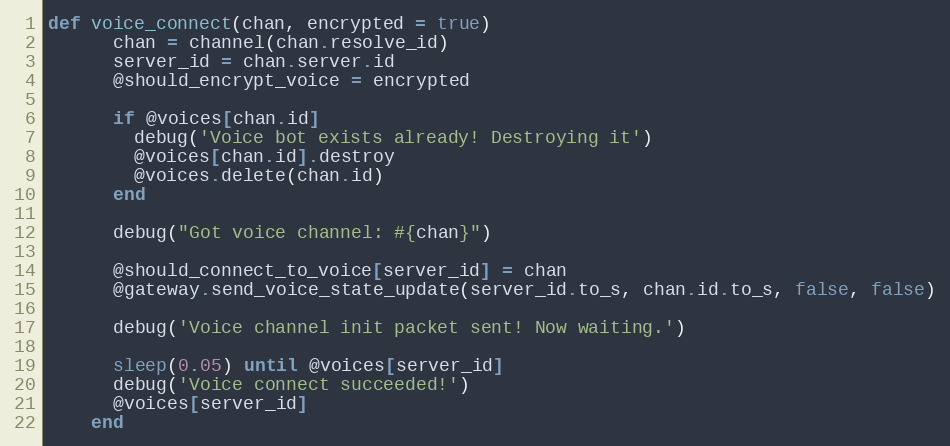
Language: Ruby
def voice_connect(chan, encrypted = true)
      chan = channel(chan.resolve_id)
      server_id = chan.server.id
      @should_encrypt_voice = encrypted

      if @voices[chan.id]
        debug('Voice bot exists already! Destroying it')
        @voices[chan.id].destroy
        @voices.delete(chan.id)
      end

      debug("Got voice channel: #{chan}")

      @should_connect_to_voice[server_id] = chan
      @gateway.send_voice_state_update(server_id.to_s, chan.id.to_s, false, false)

      debug('Voice channel init packet sent! Now waiting.')

      sleep(0.05) until @voices[server_id]
      debug('Voice connect succeeded!')
      @voices[server_id]
    end